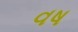
વષ